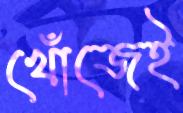
খোঁজেই